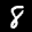
Label: 8